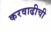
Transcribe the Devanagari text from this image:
करवाढीची